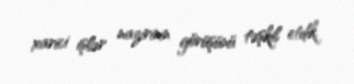
xarici işlər nazirinin görüşünü təşkil etdik.